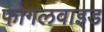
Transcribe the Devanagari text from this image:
फोगलवाइड